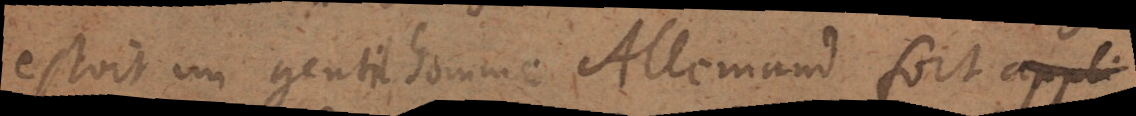
estoit un gentilhomme Allemand fort appli